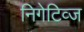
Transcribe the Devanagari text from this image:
निगेटिव्ज